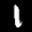
Label: 1